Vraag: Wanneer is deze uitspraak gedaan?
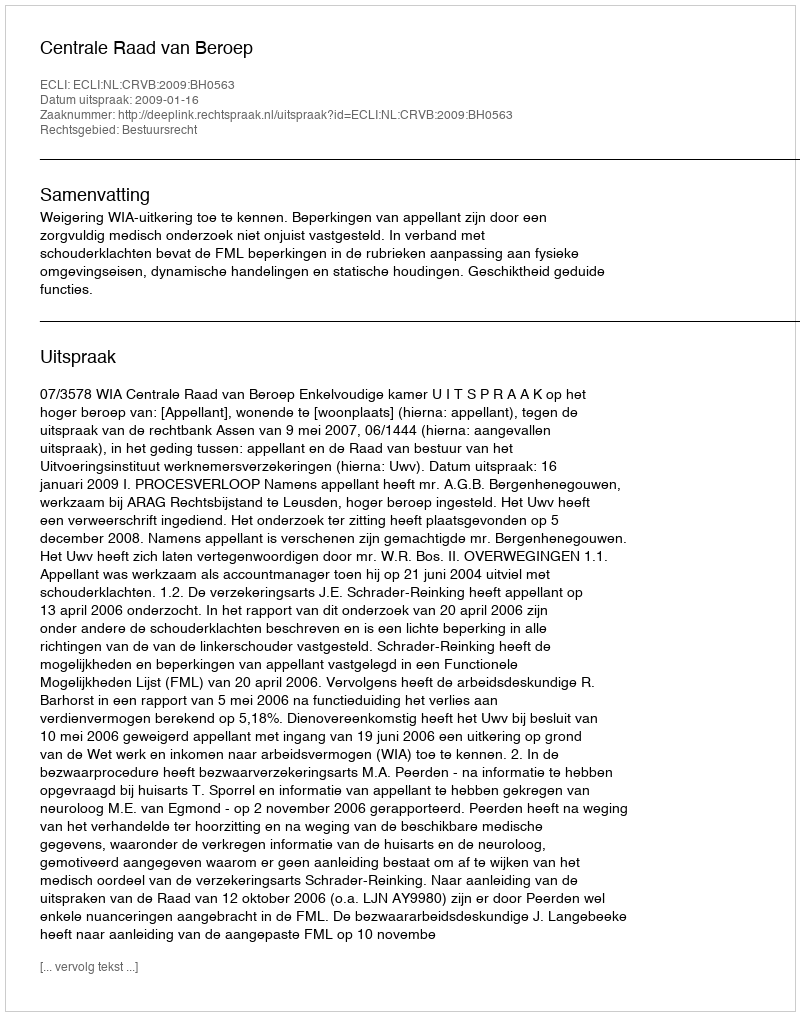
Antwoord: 2009-01-16